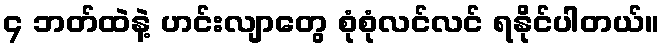
၄ ဘတ်ထဲနဲ့ ဟင်းလျာတွေ စုံစုံလင်လင် ရနိုင်ပါတယ်။